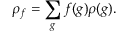
\rho _ { f } = \sum _ { g } f ( g ) \rho ( g ) .